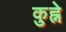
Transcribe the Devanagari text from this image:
कुह्ने